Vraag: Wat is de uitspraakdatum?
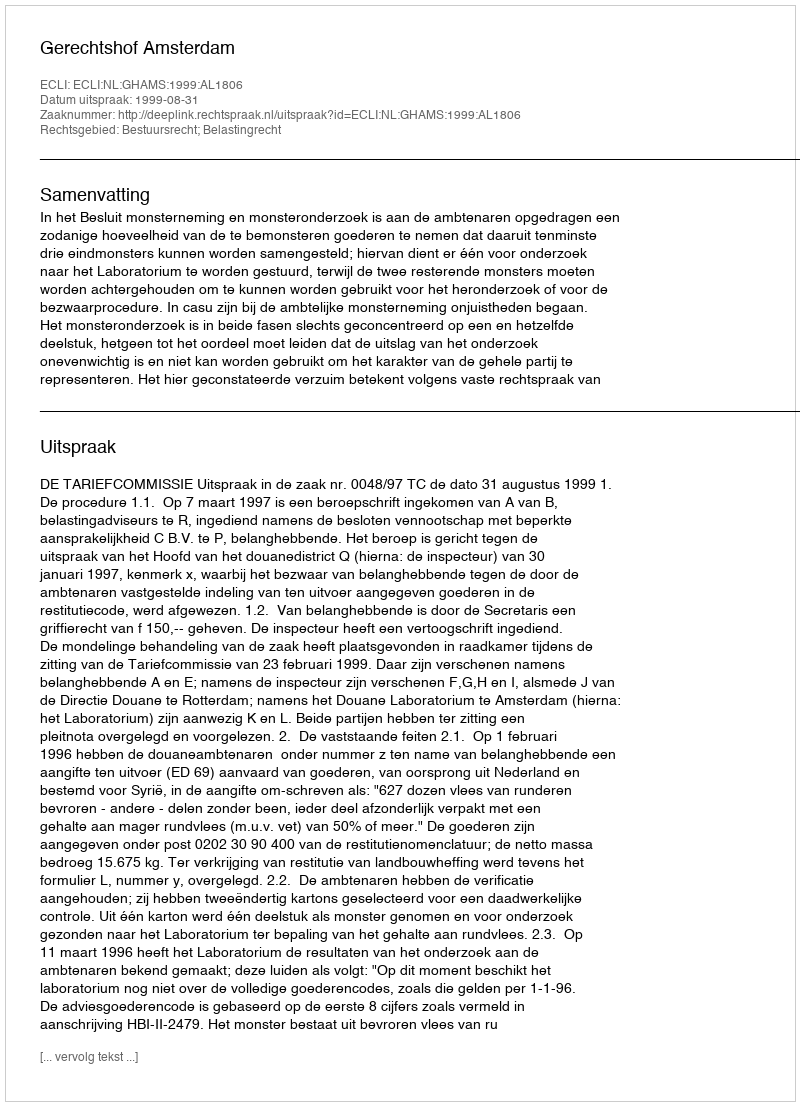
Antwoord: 1999-08-31